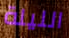
الليلة